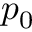
p _ { 0 }